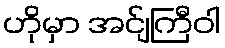
ဟိုမှာ အင်ျကြီဝါ